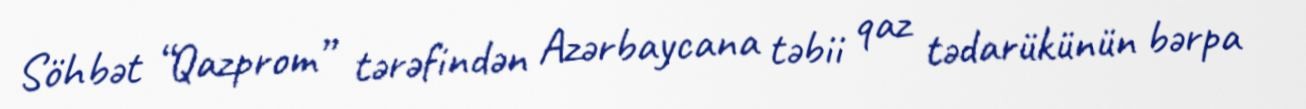
Söhbət “Qazprom” tərəfindən Azərbaycana təbii qaz tədarükünün bərpa